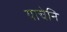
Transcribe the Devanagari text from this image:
याचेनि